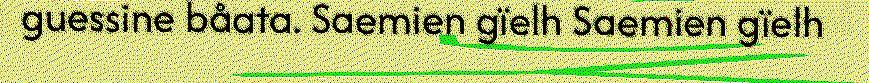
guessine båata. Saemien gïelh Saemien gïelh